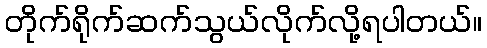
တိုက်ရိုက်ဆက်သွယ်လိုက်လို့ရပါတယ်။